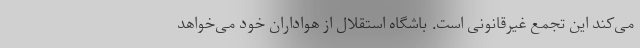
می‌کند این تجمع غیرقانونی است. باشگاه استقلال از هواداران خود می‌خواهد